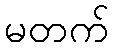
မတက်